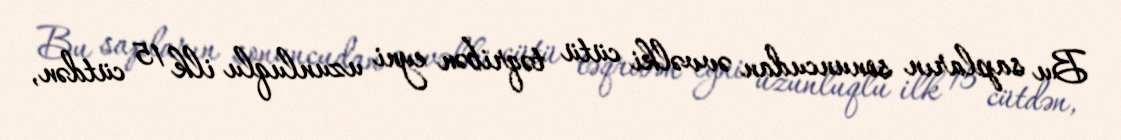
Bu sapların sonuncudan əvvəlki cütü təqribən eyni uzunluqlu ilk 15 cütdən,